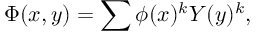
\Phi ( x , y ) = \sum \phi ( x ) ^ { k } Y ( y ) ^ { k } ,